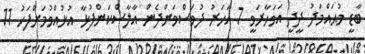
ބާޑީ މުޙައްމަދު ދީދީ އަވަހާރަވީ 7 އަހަރު ދުވަސްވަންދެން އާލާސްކަންފުޅާ އުޅުއްވުމަށްފަހު 11